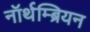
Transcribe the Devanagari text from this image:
नॉर्थम्ब्रियन